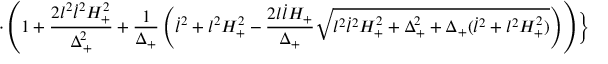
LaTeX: \cdot \left( 1 + \frac { 2 l ^ { 2 } \dot { l } ^ { 2 } H _ { + } ^ { 2 } } { \Delta _ { + } ^ { 2 } } + \frac { 1 } { \Delta _ { + } } \left( \dot { l } ^ { 2 } + l ^ { 2 } H _ { + } ^ { 2 } - \frac { 2 l \dot { l } H _ { + } } { \Delta _ { + } } \sqrt { l ^ { 2 } \dot { l } ^ { 2 } H _ { + } ^ { 2 } + \Delta _ { + } ^ { 2 } + \Delta _ { + } ( \dot { l } ^ { 2 } + l ^ { 2 } H _ { + } ^ { 2 } ) } \right) \right) \Bigr \}